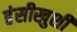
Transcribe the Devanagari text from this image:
हंसीखुशी